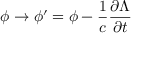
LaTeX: \phi \to \phi ^ { \prime } = \phi - { \frac { 1 } { c } } { \frac { \partial \Lambda } { \partial t } }